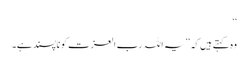
‘‘
وہ کہتے ہیں کہ ’’یہ اللہ رب العزت کو ناپسند ہے۔